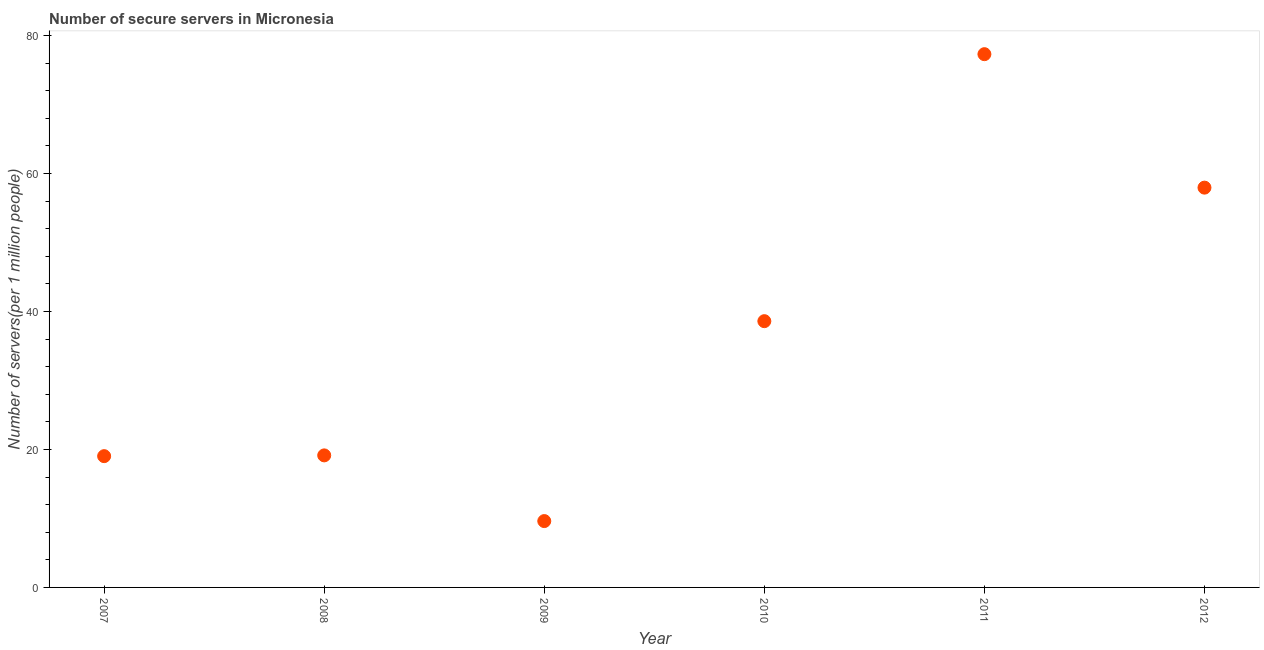
| Year | Secure Internet servers |
 | --- | --- |
 | 2007 | 19 |
 | 2008 | 19.1 |
 | 2009 | 9.62 |
 | 2010 | 38.6 |
 | 2011 | 77.3 |
 | 2012 | 58 |